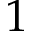
1